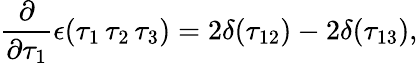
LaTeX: \frac{\partial}{\partial\tau_{1}}\epsilon(\tau_{1}\, \tau_{2}\, \tau_{3})=2\delta(\tau_{12})-2\delta(\tau_{13}),